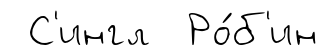
С'ингл Ро́б'ин